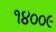
૧૪૦૦૯